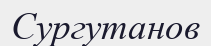
Сургутанов